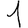
Digit: 1